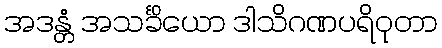
အဒန္တံ အသင်္ခိယော ဒါသိဂဏပရိဝုတာ